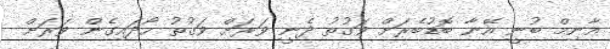
އާނިމް ބުނީ އޭނާ ބޮޑުބެރަށް ވަގުތު ދެނީ ވަރަށް ވަގުތު ހޯދައިގެން ވަރަށް